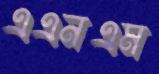
এএনএম